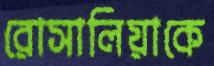
রোসালিয়াকে